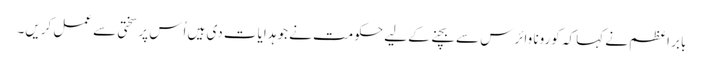
بابر اعظم نے کہا کہ کورونا وائرس سے بچنے کے لیے حکومت نے جو ہدایات دی ہیں اُس پر سختی سے عمل کریں۔